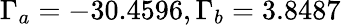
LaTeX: \Gamma_{a}=-30.4596,\Gamma_{b}=3.8487